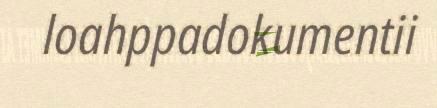
loahppadokumentii